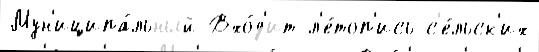
Мун'иципа́льный Вхо́д'ит л'е́топ'ись с'е́льск'их